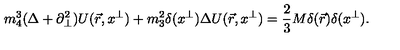
m _ { 4 } ^ { 3 } ( \Delta + \partial _ { \perp } ^ { 2 } ) U ( \vec { r } , x ^ { \perp } ) + m _ { 3 } ^ { 2 } \delta ( x ^ { \perp } ) \Delta U ( \vec { r } , x ^ { \perp } ) = \frac { 2 } { 3 } M \delta ( \vec { r } ) \delta ( x ^ { \perp } ) .